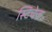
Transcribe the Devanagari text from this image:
स्टिचेज़